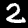
Label: 2